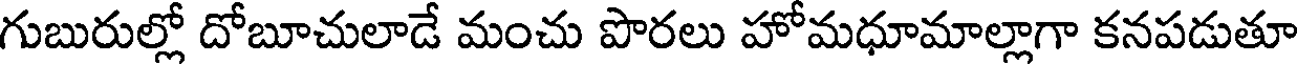
గుబురుల్లో దోబూచులాడే మంచు పొరలు హోమధూమాల్లాగా కనపడుతూ